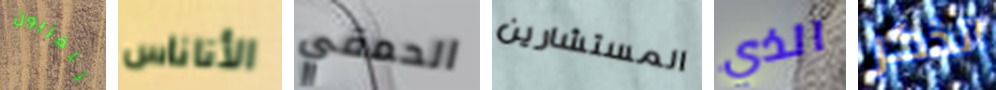
تلفزيون الأناناس الحمقي المستشارين الذي اتذكر